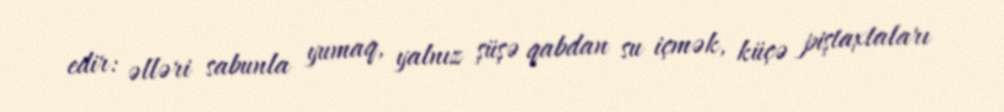
edir: əlləri sabunla yumaq, yalnız şüşə qabdan su içmək, küçə piştaxtaları